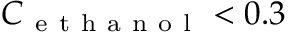
C _ { \mathrm { ~ e ~ t ~ h ~ a ~ n ~ o ~ l ~ } } < 0 . 3